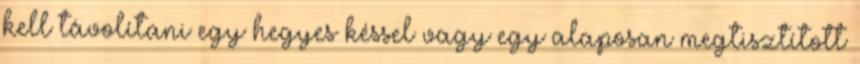
kell távolítani egy hegyes késsel vagy egy alaposan megtisztított